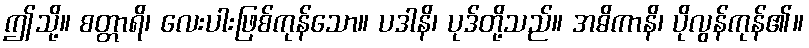
ဤသို့။ စတ္တာရိ၊ လေးပါးဖြစ်ကုန်သော။ ပဒါနိ၊ ပုဒ်တို့သည်။ အဓိကာနိ၊ ပိုလွန်ကုန်၏။